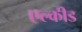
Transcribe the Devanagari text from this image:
एल्कीड